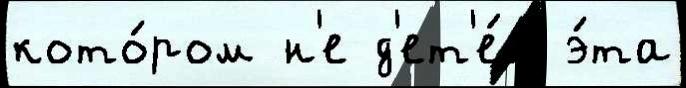
кото́ром н'е д'ет'е́й э́та